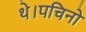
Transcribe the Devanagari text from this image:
थे।पचिनो